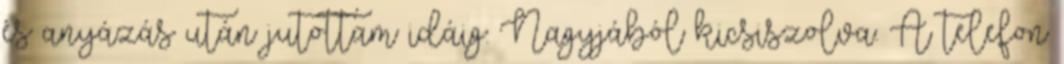
és anyázás után jutottam idáig: Nagyjából kicsiszolva. A telefon